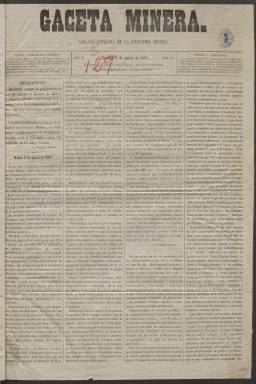
Título: La Gaceta minera
Colección: Minería
Ámbito geográfico: Madrid
Lugar de publicación: Madrid
Fechas: 09/08/1857-14/10/1857